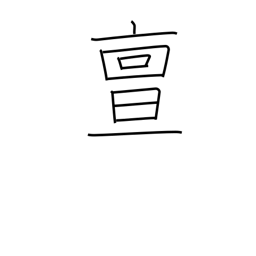
Meaning: truly